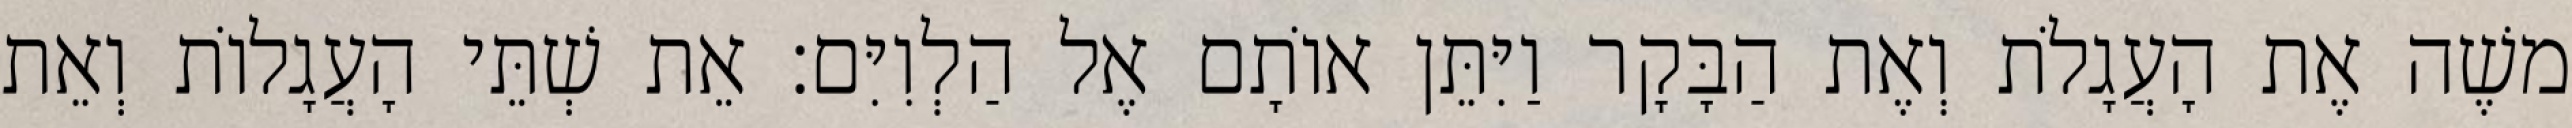
משֶׁה אֶת הָעֲגָלֹת וְאֶת הַבָּקָר וַיִּתֵּן אוֹתָם אֶל הַלְוִיִּם׃ אֵת שְׁתֵּי הָעֲגָלוֹת וְאֵת